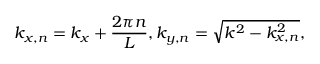
k _ { x , n } = k _ { x } + \frac { 2 \pi n } { L } , k _ { y , n } = \sqrt { k ^ { 2 } - k _ { x , n } ^ { 2 } } ,